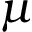
\mu